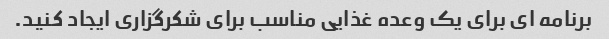
برنامه ای برای یک وعده غذایی مناسب برای شکرگزاری ایجاد کنید.